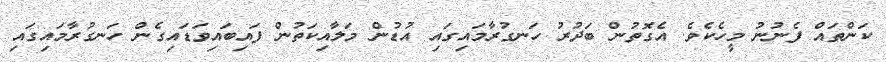
ކަންތައް ފެނުނު މީހެކެވެ. އެގޮތުން ބަދުރު ހަނގުރާމައިގައި އުޑުން މަލާއިކަތުން ފައިބައިވަޑައިގެން ހަނގުރާމައިގައި